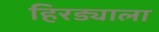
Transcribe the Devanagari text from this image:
हिरड्याला